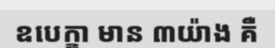
ឧបេក្ខា មាន ៣យ៉ាង គឺ